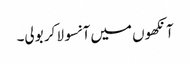
آنکھوں میں آنسو لا کر بولی۔